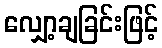
လျှော့ချခြင်းဖြင့်